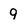
Character: g